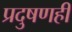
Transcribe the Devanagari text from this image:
प्रदुषणही